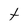
Character: t